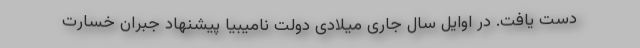
دست یافت. در اوایل سال جاری میلادی دولت نامیبیا پیشنهاد جبران خسارت